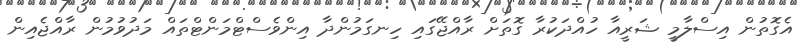
އެގޮތުން އިސްލާމީ ޝަރީއާ ހުއްދަކުރާ ގޮތަށް ރާއްޖޭގައި ހިނގަމުންދާ އިންވެސްޓްމަންޓްތައް މަދުވުމުން ރާއްޖެއިން